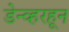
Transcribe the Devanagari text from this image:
डेन्व्हरहून